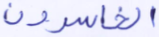
الخاسرون